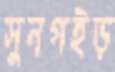
সুনগইড়